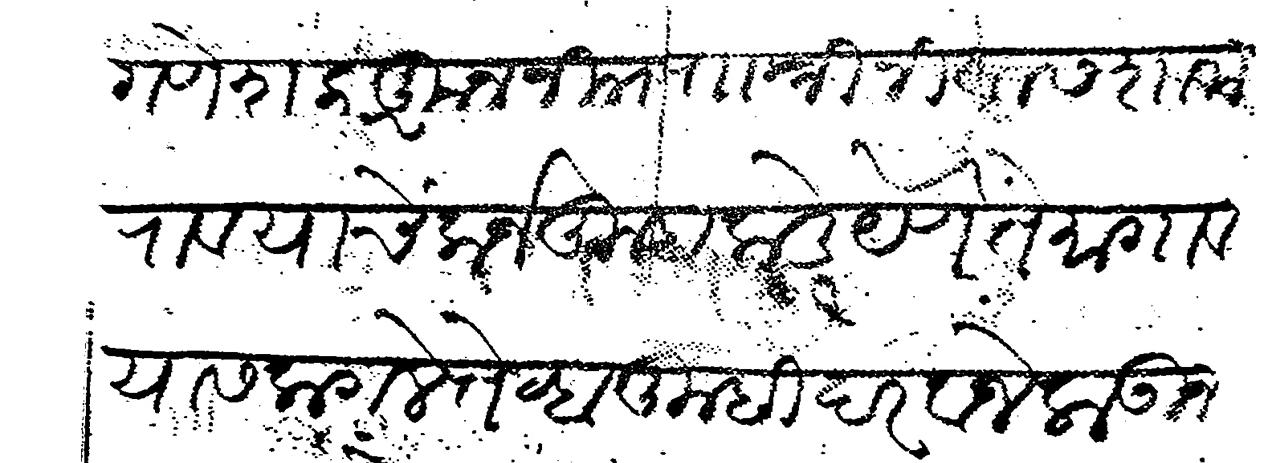
Transliteration (Devanagari): गणेश कारकून नि रा श्रीनिवास शामराव याचे कर्ज तुम्हाकडे येणे ते मागावयास लागले तेव्हा तुम्ही दरवाजे लाऊन